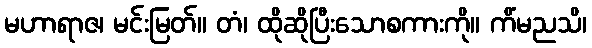
မဟာရာဇ၊ မင်းမြတ်။ တံ၊ ထိုဆိုပြီးသောစကားကို။ ကိံမညသိ၊